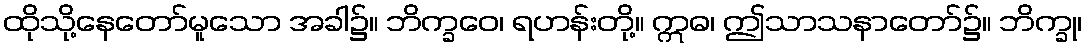
ထိုသို့နေတော်မူသော အခါ၌။ ဘိက္ခဝေ၊ ရဟန်းတို့။ ဣဓ၊ ဤသာသနာတော်၌။ ဘိက္ခု၊